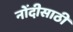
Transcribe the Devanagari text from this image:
नोंदीसाठी